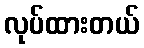
လုပ်ထားတယ်